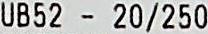
UB52 - 20/250